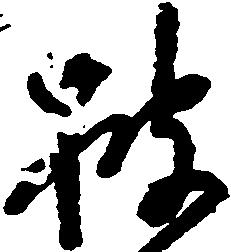
披